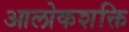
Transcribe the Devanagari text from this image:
आलोकशक्ति